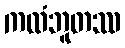
ကထံဘူတဿ